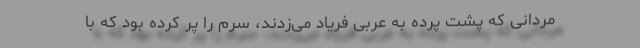
مردانی که پشت پرده به عربی فریاد می‌زدند، سرم را پُر کرده بود که با